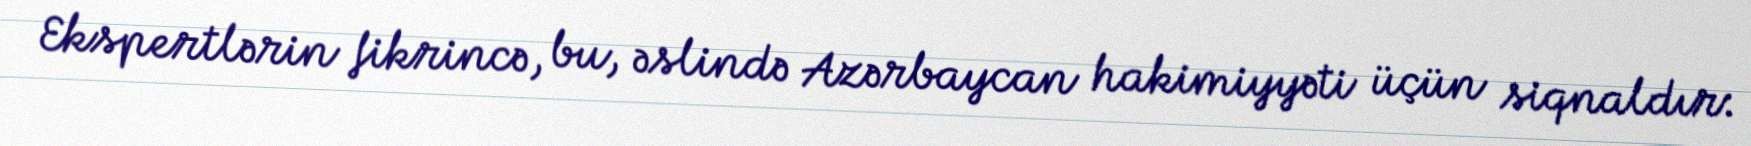
Ekspertlərin fikrincə, bu, əslində Azərbaycan hakimiyyəti üçün siqnaldır: